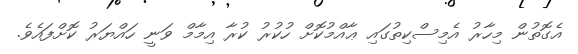
އެގޮތުން މިހާރު އެމިސްކިތުގައި ޢާއްމުކޮށް ހުކުރު ކުރާ އިމާމް ވަނީ ހައްޔަރު ކޮށްފައެވެ.